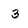
Character: 3